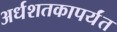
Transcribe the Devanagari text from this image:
अर्धशतकापर्यंत